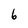
Character: 6